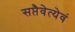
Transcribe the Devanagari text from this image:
सप्तैवेत्येवं